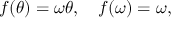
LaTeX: f ( \theta ) = \omega \theta , \quad f ( \omega ) = \omega ,